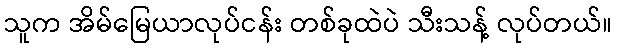
သူက အိမ်မြေယာလုပ်ငန်း တစ်ခုထဲပဲ သီးသန့် လုပ်တယ်။